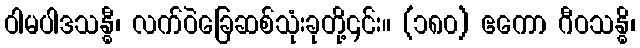
ဝါမပါဒသန္ဓီ၊ လက်ဝဲခြေဆစ်သုံးခုတို့၄င်း။ (၁၈၀) ဧကော ဂီဝသန္ဓိ၊